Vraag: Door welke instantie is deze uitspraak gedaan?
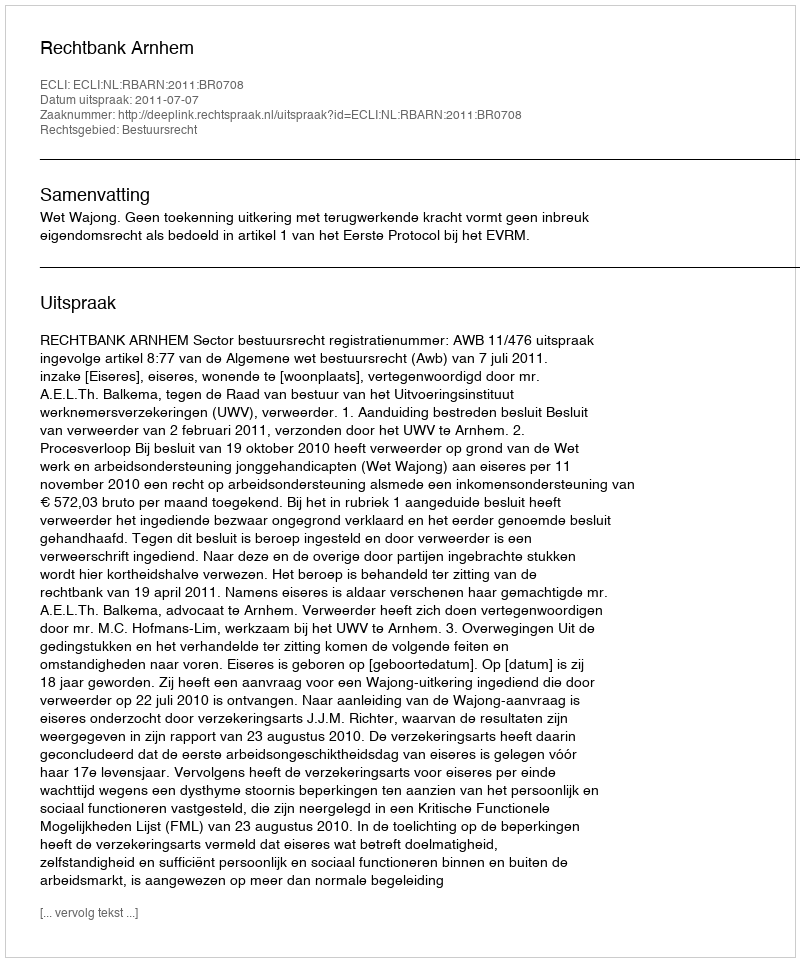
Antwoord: Rechtbank Arnhem